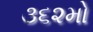
૩૬૨મો